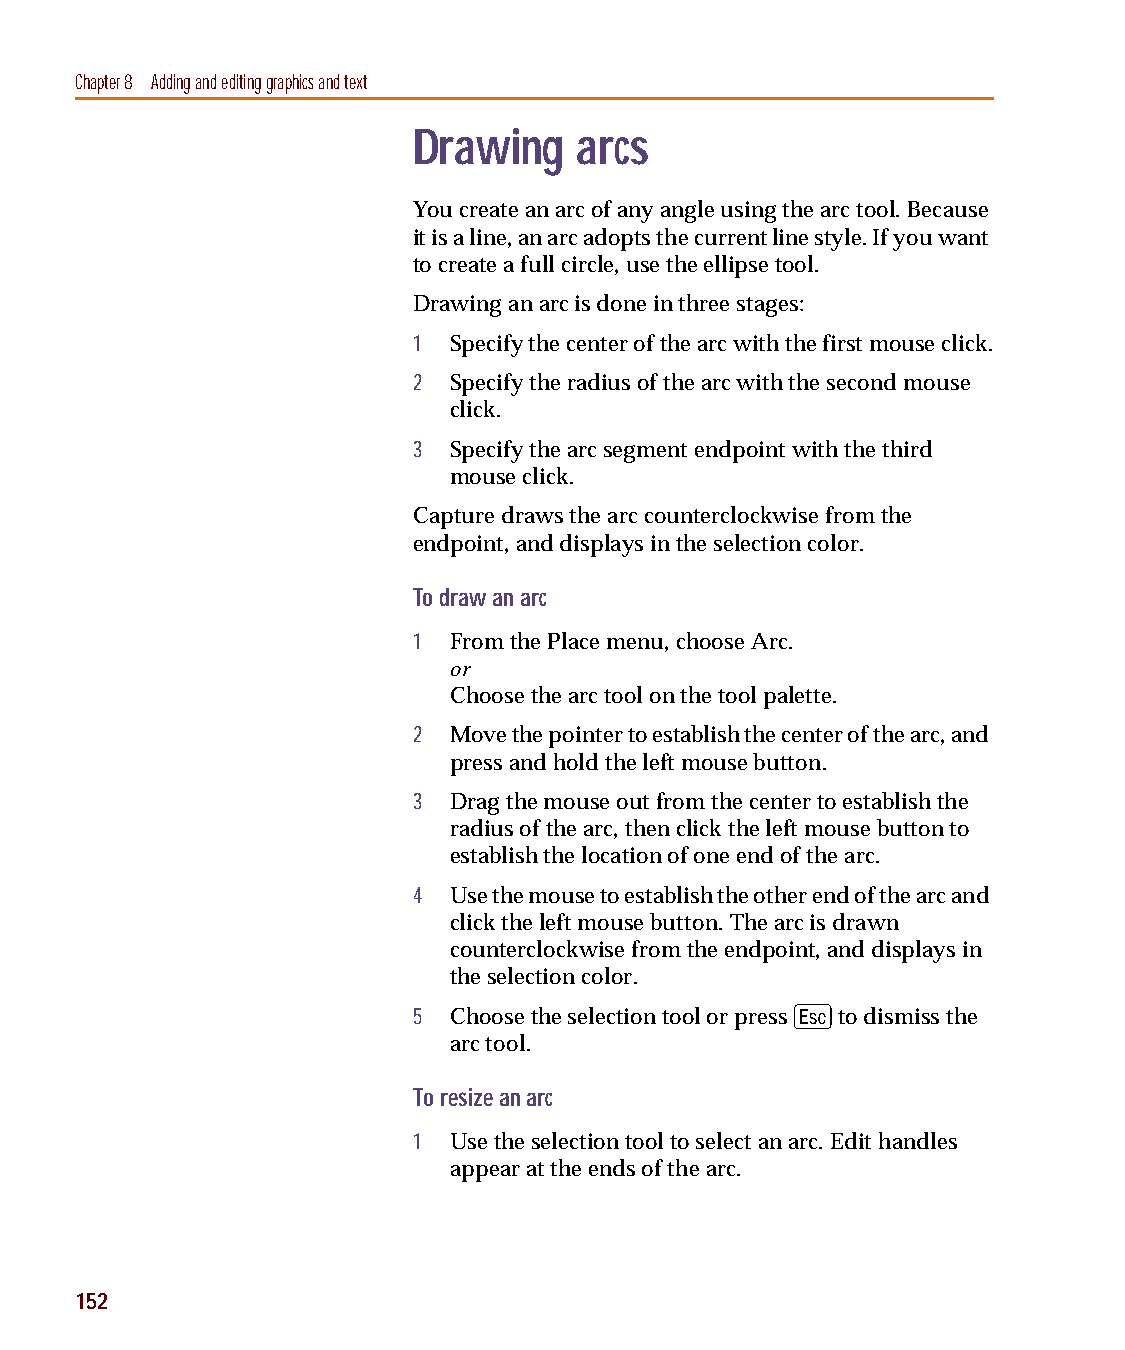
capug.book Page 152 Thursday, November 12, 1998 3:38 PM
 Chapter 8 Adding and editing graphics and text
 Drawing    arcs
 You create an arc of any angle using the arc tool. Because
 it is a line, an arc adopts the current line style. If you want
 to create a full circle, use the ellipse tool.
 Drawing an arc is done in three stages:
 1  Specify the center of the arc with the first mouse click.
 2  Specify the radius of the arc with the second mouse
 click.
 3  Specify the arc segment endpoint with the third
 mouse click.
 Capture draws the arc counterclockwise from the
 endpoint, and displays in the selection color.
 To draw an arc
 1  From the Place menu, choose Arc.
 or
 Choose the arc tool on the tool palette.
 2  Move the pointer to establish the center of the arc, and
 press and hold the left mouse button.
 3  Drag the mouse out from the center to establish the
 radius of the arc, then click the left mouse button to
 establish the location of one end of the arc.
 4  Use the mouse to establish the other end of the arc and
 click the left mouse button. The arc is drawn
 counterclockwise from the endpoint, and displays in
 the selection color.
 E
 5  Choose the selection tool or press to dismiss the
 arc tool.
 To resize an arc
 1  Use the selection tool to select an arc. Edit handles
 appear at the ends of the arc.
 152